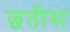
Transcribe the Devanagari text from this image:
छतीस